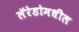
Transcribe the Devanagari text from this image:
लॅरेडोमधील